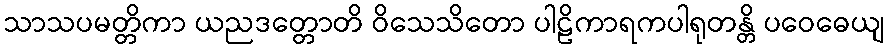
သာသပမတ္တိကာ ယညဒတ္တောတိ ဝိသေသိတော ပါဠိကာရကပါရုတန္တိ ပဝေဓေယျ